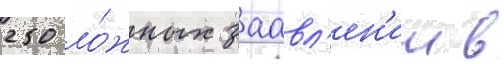
250 ло́жных заавл'ен'ии в